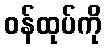
ဝန်ထုပ်ကို